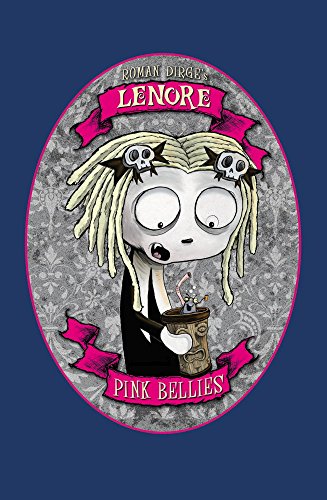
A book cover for Lenore: Pink Bellies; Roman Dirge; Comics & Graphic Novels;